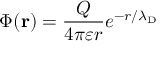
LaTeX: \Phi ( \mathbf { r } ) = { \frac { Q } { 4 \pi \varepsilon r } } e ^ { - r / \lambda _ { \mathrm { { D } } } }